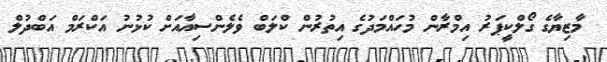
މާޒިޔާގެ ގޯލްކީޕަރު އިމްރާން މުހައްމަދުގެ އިތުރުން ކްލަބް ވެލެންސިއާއަށް ކުޅުނު އަކްރަމް އަބްދުލް